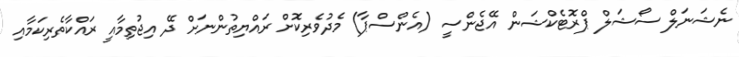
ނެޝަނަލް ސޯޝަލް ޕްރޮޓެކްޝަން އޭޖެންސީ (އެންސްޕާ) މެދުވެރިކޮށް ރައްޔިތުންނަށް ދޭ އިޖުތިމާއީ ރައްކާތެރިކަމާއި